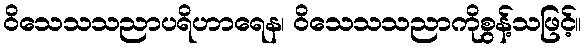
ဝိသေသသညာပရိဟာရေန၊ ဝိသေသသညာကိုစွန့်သဖြင့်။